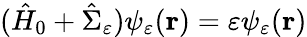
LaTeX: (\hat{H}_{0}+\hat{\Sigma}_{\varepsilon})\psi_{\varepsilon}(\mathbf{r})=\varepsilon\psi_{\varepsilon}(\mathbf{r})